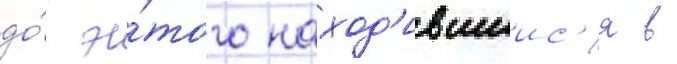
до́ э́того наход'ившиис'я в